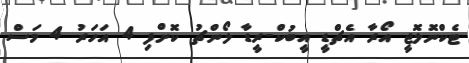
ޓެކްނޮލޮޖީ އޯރާ އެޗްޑީ އީބުކް-ރީޑާ ލޯންޗު ކޮށްފި 4 އަހަރު 4 މަސް